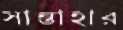
সান্তাহার